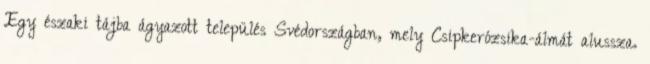
Egy északi tájba ágyazott település Svédországban, mely Csipkerózsika-álmát alussza.